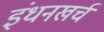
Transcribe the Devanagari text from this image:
इंधनखर्च